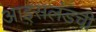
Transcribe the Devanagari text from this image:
आइसलंडची